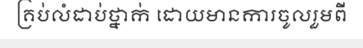
គ្រប់លំដាប់ថ្នាក់ ដោយមានការចូលរួមពី